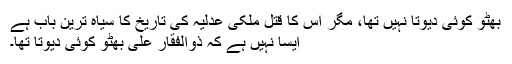
بھٹو کوئی دیوتا نہیں تھا، مگر اس کا قتل ملکی عدلیہ کی تاریخ کا سیاہ ترین باب ہے
ایسا نہیں ہے کہ ذوالفقار علی بھٹو کوئی دیوتا تھا۔